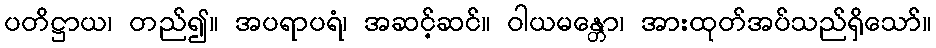
ပတိဋ္ဌာယ၊ တည်၍။ အပရာပရံ၊ အဆင့်ဆင်။ ဝါယမန္တော၊ အားထုတ်အပ်သည်ရှိသော်။